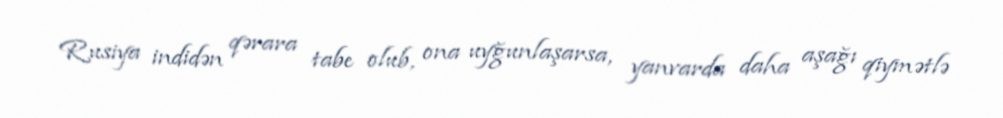
Rusiya indidən qərara tabe olub, ona uyğunlaşarsa, yanvarda daha aşağı qiymətlə